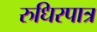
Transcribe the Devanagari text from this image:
रुधिरपात्र